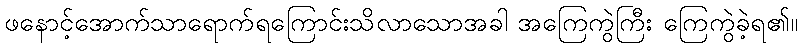
ဖနောင့်အောက်သာရောက်ရကြောင်းသိလာသောအခါ အကြေကွဲကြီး ကြေကွဲခဲ့ရ၏။